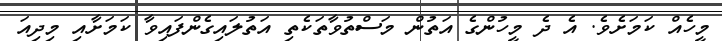
މީހެއް ކަމަށެވެ. އެ ދެ މީހުންގެ އަތުން މަސްތުވާތަކެތި އަތުލައިގެންފައިވާ ކަމަށާއި މިދިއަ